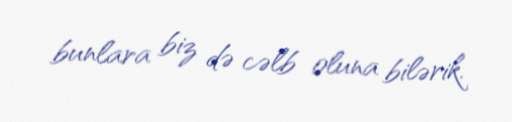
bunlara biz də cəlb oluna bilərik.